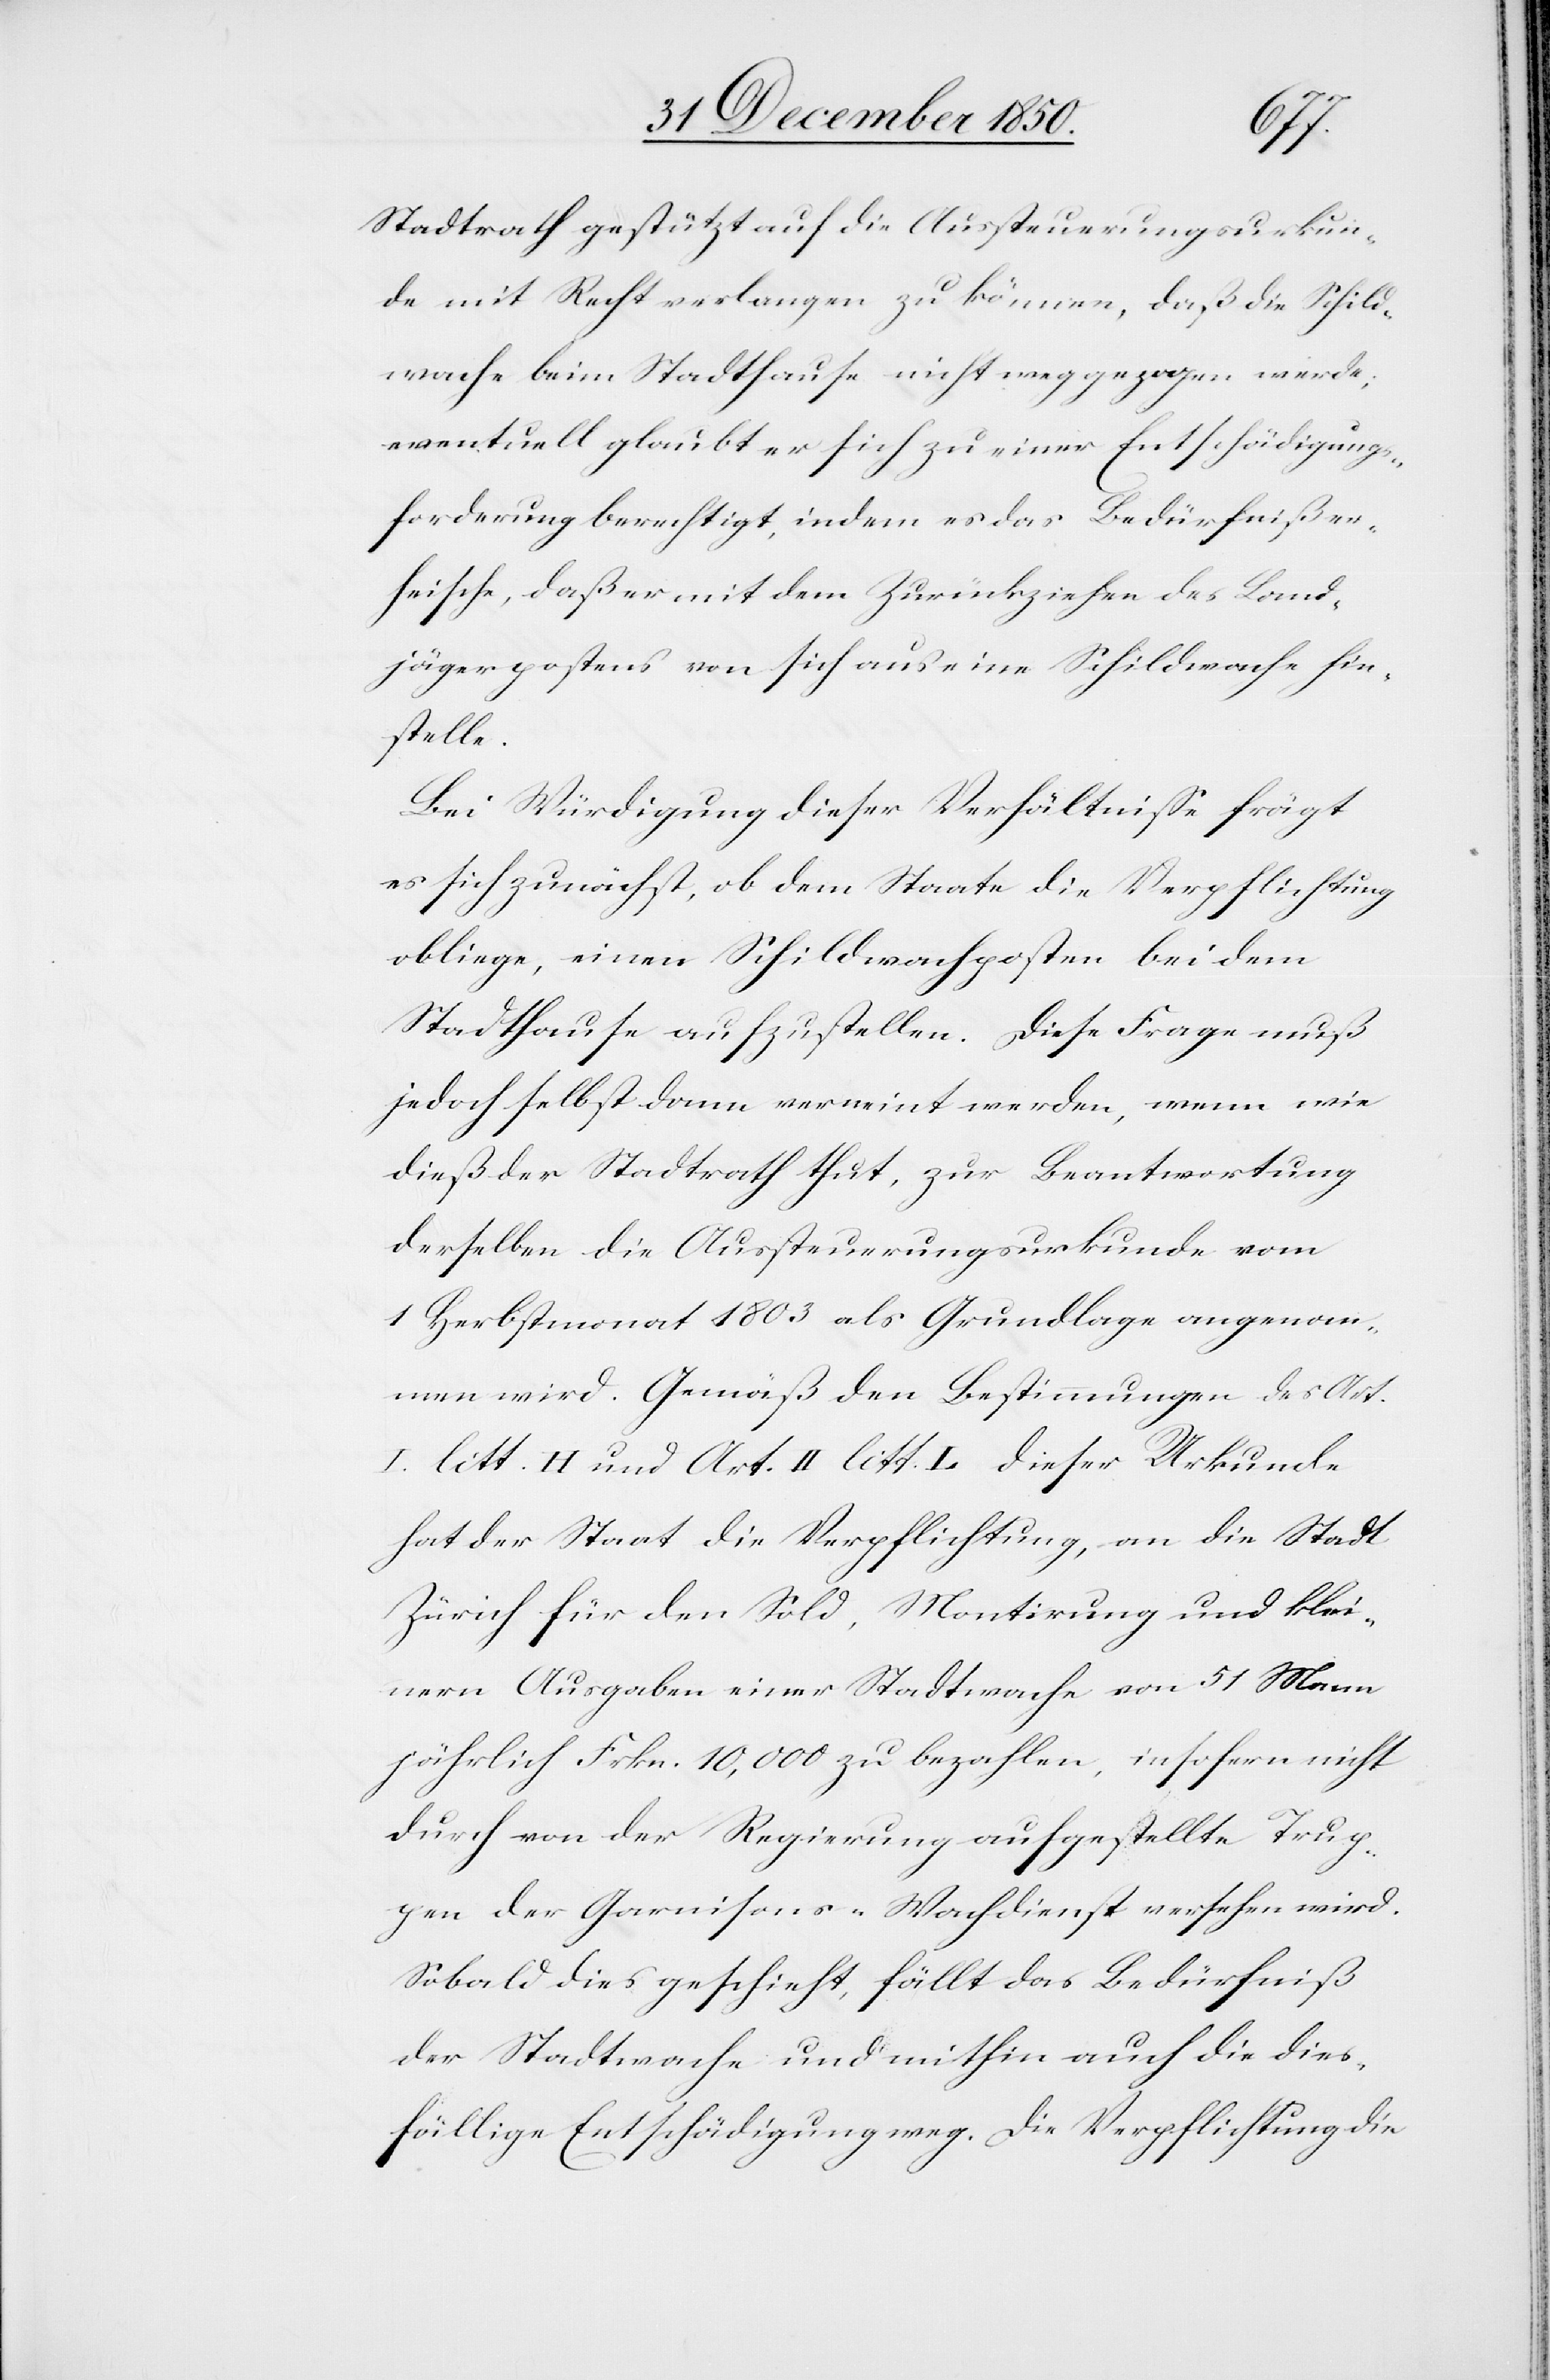
Stadtrath gestützt auf die Aussteuerungsurkun¬
de mit Recht verlangen zu können, daß die Schild¬
wache beim Stadthause nicht weggezogen werde;
eventuell glaubt er sich zu einer Entschädigungs¬
forderung berechtigt, indem es das Bedürfniß er¬
heische, daß er mit dem Zurückziehen des Land¬
jägerpostens von sich aus eine Schildwache hin¬
stelle.
Bei Würdigung dieser Verhältnisse frägt
es sich zunächst, ob dem Staate die Verpflichtung
obliege, einen Schildwachposten bei dem
Stadthause aufzustellen. Diese Frage muß
jedoch selbst dann verneint werden, wenn wie
dieß der Stadtrath thut, zur Beantwortung
derselben die Aussteuerungsurkunde vom
1 Herbstmonat 1803 als Grundlage angenom¬
men wird. Gemäß den Bestimmungen des Art.
I. litt. H und Art. II litt. L dieser Urkunde
hat der Staat die Verpflichtung, an die Stadt
Zürich für den Sold, Montirung und klei¬
nern Ausgaben einer Stadtwache von 51 Mann
jährlich Frkn. 10,000 zu bezahlen, insofern nicht
durch von der Regierung aufgestellte Trup¬
pen der Garnisons-Wachdienst versehen wird.
Sobald dies geschieht, fällt das Bedürfniß
der Stadtwache und mithin auch die dies¬
fällige Entschädigung weg. Die Verpflichtung die